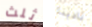
ثلث نادينا